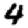
Digit: 4